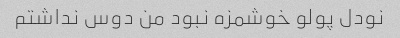
نودل پولو خوشمزه نبود من دوس نداشتم